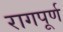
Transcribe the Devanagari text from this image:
रागपूर्ण